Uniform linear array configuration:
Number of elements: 4
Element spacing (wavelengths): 0.25
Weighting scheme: binomial
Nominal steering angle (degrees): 45
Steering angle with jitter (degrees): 43.099
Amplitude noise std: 0.05
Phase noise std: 0.05

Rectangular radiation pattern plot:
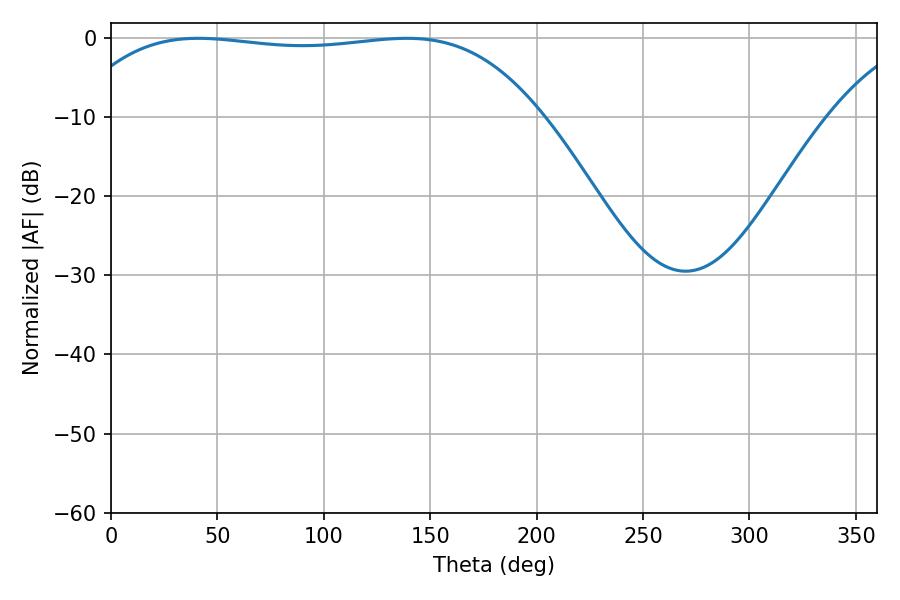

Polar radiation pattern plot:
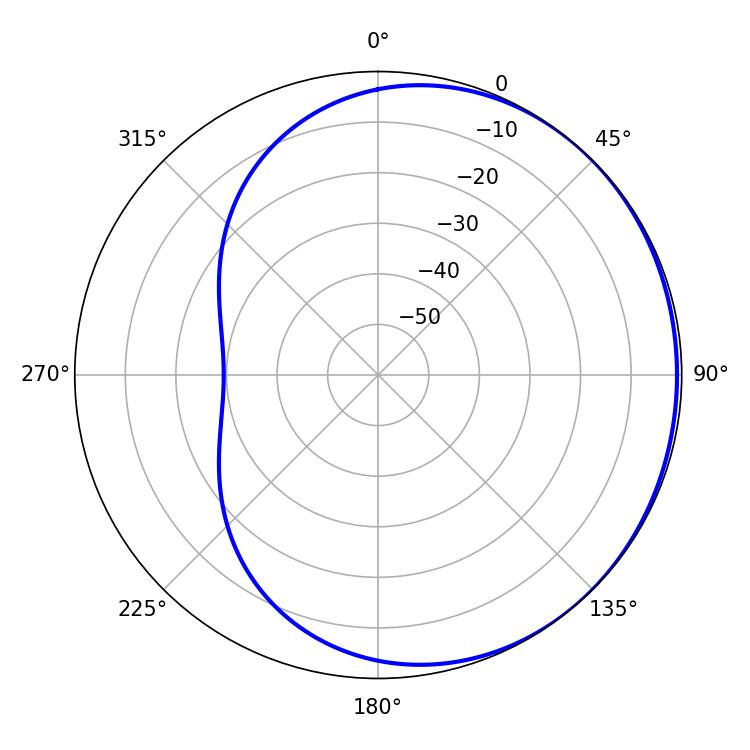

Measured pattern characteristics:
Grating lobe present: FALSE
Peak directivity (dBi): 0.6442
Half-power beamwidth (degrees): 174.6
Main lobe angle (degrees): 138.96